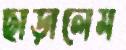
ছাড়ালেম